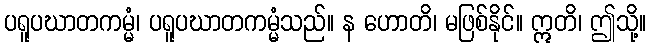
ပရူပဃာတကမ္မံ၊ ပရူပဃာတကမ္မံသည်။ န ဟောတိ၊ မဖြစ်နိုင်။ ဣတိ၊ ဤသို့။